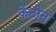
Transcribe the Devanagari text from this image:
केटोन